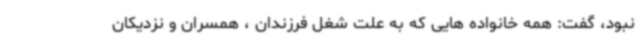
نبود، گفت: همه خانواده هایی که به علت شغل فرزندان ، همسران و نزدیکان